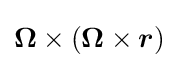
{\boldsymbol {\Omega }}\times ({\boldsymbol {\Omega }}\times {\boldsymbol {r}})